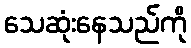
သေဆုံးနေသည်ကို